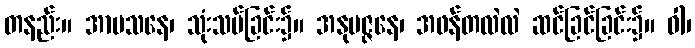
တနည်း။ အာမသနေ၊ သုံးသပ်ခြင်း၌။ အနုမဇ္ဇနေ၊ အဖန်တလဲလဲ ဆင်ခြင်ခြင်း၌။ ဝါ၊